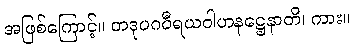
အဖြစ်ကြောင့်။ တဒုပဂဝီရယဝါဟနဋ္ဌေနာတိ၊ ကား။